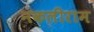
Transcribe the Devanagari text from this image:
नकलीराम